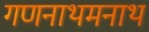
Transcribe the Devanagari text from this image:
गणनाथमनाथ